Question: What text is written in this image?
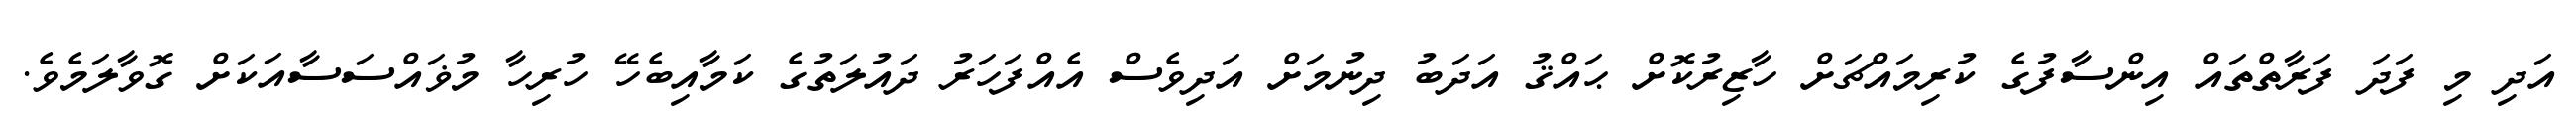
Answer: އަދި މި ފަދަ ފަރާތްތައް އިންސާފުގެ ކުރިމައްޗަށް ހާޒިރުކޮށް ޙައްޤު އަދަބު ދިނުމަށް އަދިވެސް އެއްފަހަރު ދައުލަތުގެ ކަމާއިބެހޭ ހުރިހާ މުޥައްސަސާއަކަށް ގޮވާލަމެވެ.